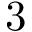
3